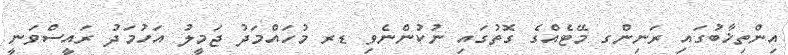
އިންތިޚާބުގައި ރަނިންގ މޭޓެއްގެ ގޮތުގައި ނުކުންނެވި ޑރ މުހައްމަދު ޖަމީލު އަހުމަދު ރައީސްވަނީ